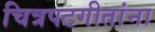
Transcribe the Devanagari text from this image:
चित्रपटगीतांना